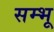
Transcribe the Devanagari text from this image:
सम्भू